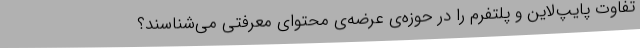
تفاوت پایپ‌لاین و پلتفرم را در حوزه‌ی عرضه‌ی محتوای معرفتی می‌شناسند؟